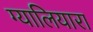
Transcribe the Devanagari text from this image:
ग्यालियारा